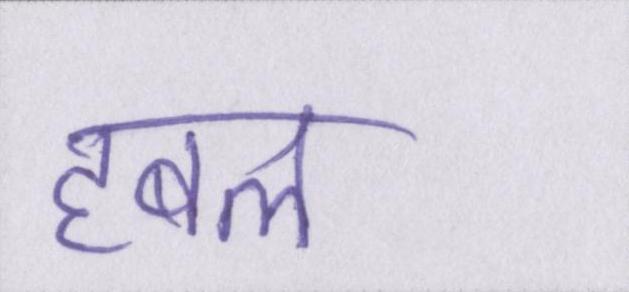
हबल